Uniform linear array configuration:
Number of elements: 8
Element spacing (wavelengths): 0.5
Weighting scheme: cosine
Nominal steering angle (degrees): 60
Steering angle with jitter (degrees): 58.224
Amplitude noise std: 0.05
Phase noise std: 0.05

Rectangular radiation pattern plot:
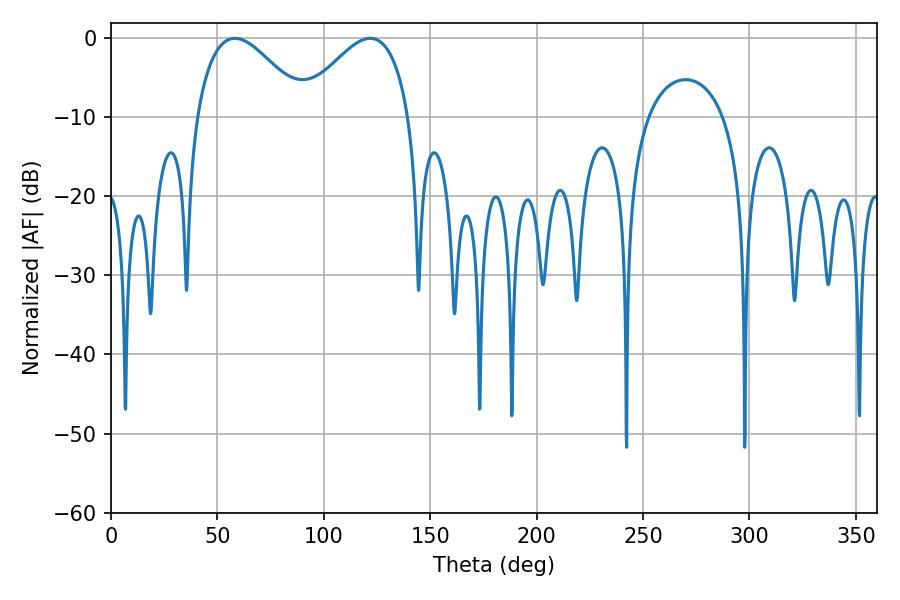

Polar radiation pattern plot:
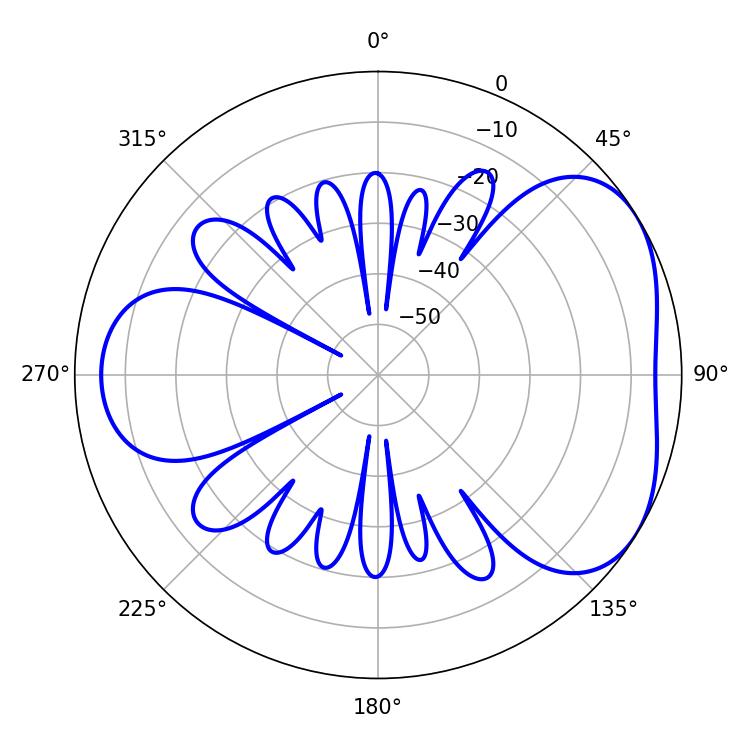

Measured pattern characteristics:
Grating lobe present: FALSE
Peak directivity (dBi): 4.23
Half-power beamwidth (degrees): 27.9
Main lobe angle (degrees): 58.14